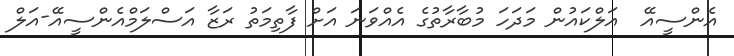
އެންސީއޭ  އަލްކައުން މަދަހަ މުބާރާތުގެ އެއްވަނަ އަށް ފާތިމަތު ރަޒާ އަސްލަމްއެންސީއޭ-އަލް